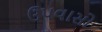
ઉપવાસો